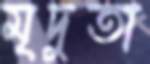
মৃদুতা